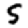
Digit: 5